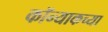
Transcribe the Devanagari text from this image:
कॉन्याकच्या